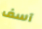
آسف